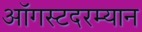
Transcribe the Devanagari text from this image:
ऑगस्टदरम्यान